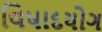
વિષાદયોગ